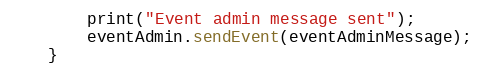
Language: Java
        print("Event admin message sent");
        eventAdmin.sendEvent(eventAdminMessage);
    }